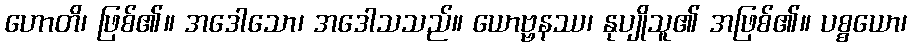
ဟောတိ၊ ဖြစ်၏။ အဒေါသော၊ အဒေါသသည်။ ယောဗ္ဗနဿ၊ နုပျိုသူ၏ အဖြစ်၏။ ပစ္စယော၊